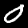
Digit: 0